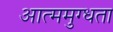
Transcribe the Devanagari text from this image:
आत्ममुग्धता